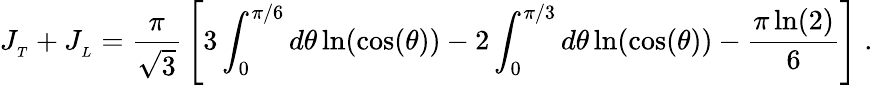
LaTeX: J_{_{T}}+J_{_{L}}={\frac{\pi}{\sqrt{3}}}\left[3\int_{0}^{\pi/6}d\theta\ln(\cos(\theta))-2\int_{0}^{\pi/3}d\theta\ln(\cos(\theta))-{\frac{\pi\ln(2)}{6}}\right]\; .